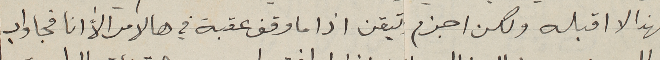
ولهذا لا اقبله ولكن اجزم تيقن اذا ما وقف عقبة في هالامر الاّ انا فجاواب